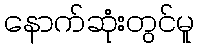
နောက်ဆုံးတွင်မူ